Medical and sanitary report on the native army of Bombay for the year
Year: 1878
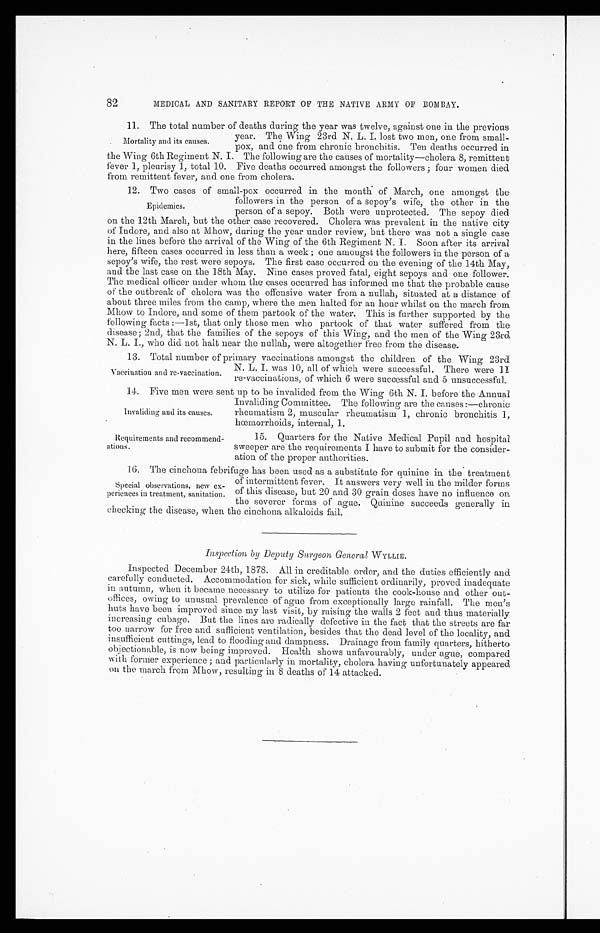
82
MEDICAL AND SANITARY REPORT OF THE NATIVE ARMY OF BOMBAY.
11. The total number of deaths during the year was twelve, against one in the previous
year. The Wing 23rd N. L. I. lost two men, one from small-
pox, and one from chronic bronchitis. Ten deaths occurred in
the Wing 6th Regiment N. I. The following are the causes of mortality—cholera 8, remittent
fever 1, pleurisy 1, total 10. Five deaths occurred amongst the followers; four women died
from remittent fever, and one from cholera.
12. Two cases of small-pox occurred in the month of March, one amongst the
followers in the person of a sepoy's wife, the other in the
person of a sepoy. Both were unprotected. The sepoy died
on the 12th March, but the other case recovered. Cholera was prevalent in the native city
of Indore, and also at Mhow, during the year under review, but there was not a single case
in the lines before the arrival of the Wing of the 6th Regiment N. I. Soon after its arrival
here, fifteen cases occurred in less than a week; one amongst the followers in the person of a
sepoy's wife, the rest were sepoys. The first case occurred on the evening of the 14th May,
and the last case on the 18th May. Nine cases proved fatal, eight sepoys and one follower.
The medical officer under whom the cases occurred has informed me that the probable cause
of the outbreak of cholera was the offensive water from a nullah, situated at a distance of
about three miles from the camp, where the men halted for an hour whilst on the march from
Mhow to Indore, and some of them partook of the water. This is further supported by the
following facts:—1st, that only those men who partook of that water suffered from the
disease; 2nd, that the families of the sepoys of this Wing, and the men of the Wing 23rd
N. L. I., who did not halt near the nullah, were altogether free from the disease.
13. Total number of primary vaccinations amongst the children of the Wing 23rd.
N. L. I. was 10, all of which were successful. There were 11
re-vaccinations, of which 6 were successful and 5 unsuccessful.
14. Five men were sent up to be invalided from the Wing 6th N. I. before the Annual
Invaliding Committee. The following are the causes:—chronic
rheumatism 2, muscular rheumatism 1, chronic bronchitis 1,
hœmorrhoids, internal, 1.
Mortality and its causes.
Epidemics.
Vaccination and re-vaccination.
Invaliding and its causes.
Requirements and recommend
-ations.
15. Quarters for the Native Medical Pupil and hospital
sweeper are the requirements I have to submit for the consider
-ation of the proper authorities.
16. The cinchona febrifuge has been used as a substitute for quinine in the treatment
of intermittent fever. It answers very well in the milder forms
of this disease, but 20 and 30 grain doses have no influence on
the severer forms of ague. Quinine succeeds generally in
checking the disease, when the cinchona alkaloids fail.
Inspection by Deputy Surgeon General WYLLIE.
Inspected December 24th, 1878. All in creditable order, and the duties efficiently and
carefully conducted. Accommodation for sick, while sufficient ordinarily, proved inadequate
in autumn, when it became necessary to utilize for patients the cook-house and other out-
offices, owing to unusual prevalence of ague from exceptionally large rainfall. The men's
huts have been improved since my last visit, by raising the walls 2 feet and thus materially
increasing cubage. But the lines are radically defective in the fact that the streets are far
too narrow for free and sufficient ventilation, besides that the dead level of the locality, and
insufficient cuttings, lead to flooding and dampness. Drainage from family quarters, hitherto
objectionable, is now being improved. Health shows unfavourably, under ague, compared
with former experience; and particularly in mortality, cholera having unfortunately appeared
on the march from Mhow, resulting in 8 deaths of 14 attacked.
Special observations, new ex
-periences in treatment, sanitation.